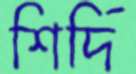
শির্দি